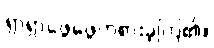
ရှာရှာဖွေဖွေကစားခဲ့ကြ၏။